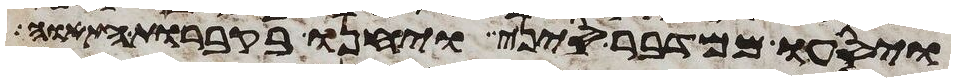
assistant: ויסעו ממדבר סיני ויחנו בקברות התאוה